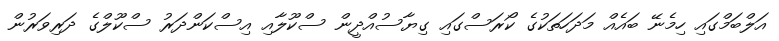
އަލްބަމްގައި ހިމެނޭ ބައެއް މަދަހަތަކުގެ ކޯރަސްގައި ގިޔާސުއްދީން ސްކޫލާއި އިސްކަންދަރު ސްކޫލްގެ ދަރިވަރުން